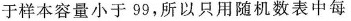
于样本容量小于 99，所以只用随机数表中每